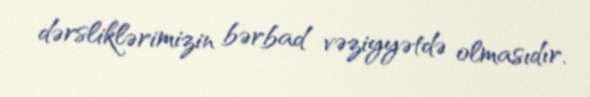
dərsliklərimizin bərbad vəziyyətdə olmasıdır.